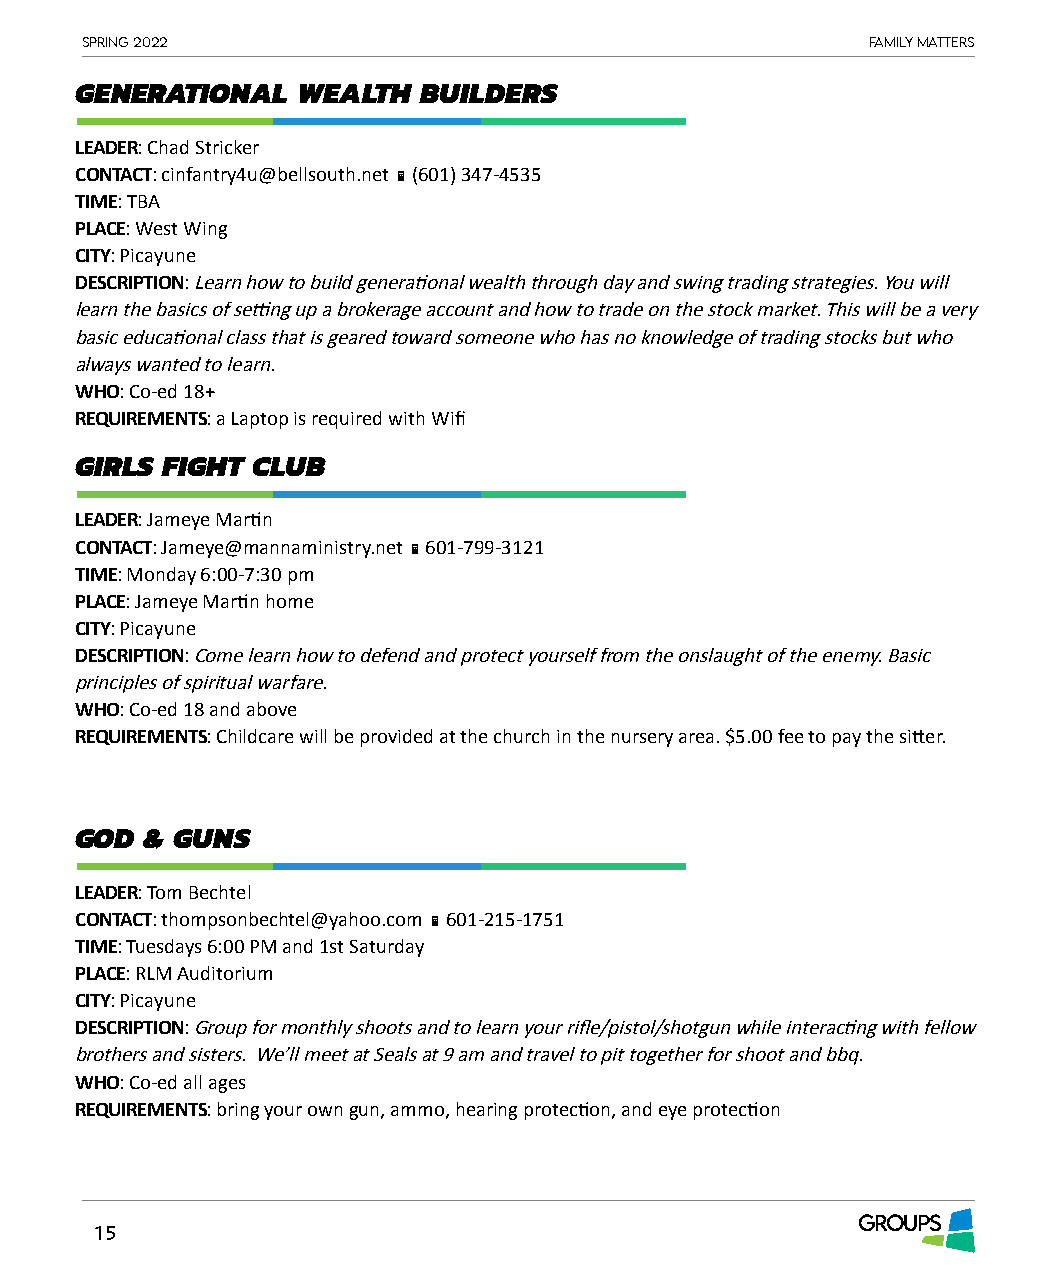
Spring 2022                                          Family matterS
 GENERATIONAL   WEALTH  BUILDERS
 LEADER: Chad Stricker
 CONTACT: cinfantry4u@bellsouth.net  (601) 347-4535
 TIME: TBA
 PLACE: West Wing
 CITY: Picayune
 DESCRIPTION: Learn how to build generational wealth through day and swing trading strategies. You will
 learn the basics of setting up a brokerage account and how to trade on the stock market. This will be a very
 basic educational class that is geared toward someone who has no knowledge of trading stocks but who
 always wanted to learn.
 WHO: Co-ed 18+
 REQUIREMENTS: a Laptop is required with Wifi
 GIRLS FIGHT CLUB
 LEADER: Jameye Martin
 CONTACT: Jameye@mannaministry.net  601-799-3121
 TIME: Monday 6:00-7:30 pm
 PLACE: Jameye Martin home
 CITY: Picayune
 DESCRIPTION: Come learn how to defend and protect yourself from the onslaught of the enemy. Basic
 principles of spiritual warfare.
 WHO: Co-ed 18 and above
 REQUIREMENTS: Childcare will be provided at the church in the nursery area. $5.00 fee to pay the sitter.
 GOD  & GUNS
 LEADER: Tom Bechtel
 CONTACT: thompsonbechtel@yahoo.com  601-215-1751
 TIME: Tuesdays 6:00 PM and 1st Saturday
 PLACE: RLM Auditorium
 CITY: Picayune
 DESCRIPTION: Group for monthly shoots and to learn your rifle/pistol/shotgun while interacting with fellow
 brothers and sisters. We’ll meet at Seals at 9 am and travel to pit together for shoot and bbq.
 WHO: Co-ed all ages
 REQUIREMENTS: bring your own gun, ammo, hearing protection, and eye protection
 GROUPS
 15